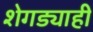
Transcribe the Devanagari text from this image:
शेगड्याही